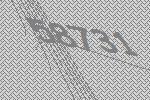
58731